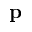
\bf p